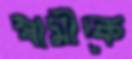
স্বামীকে